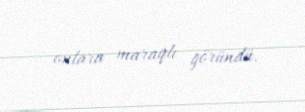
onlara maraqlı göründü.